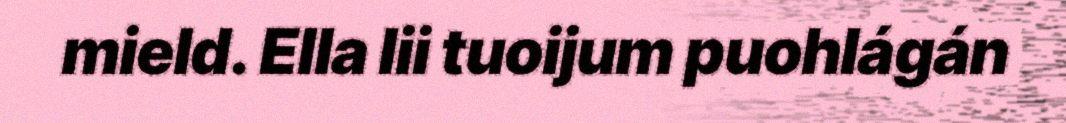
mield. Ella lii tuoijum puohlágán